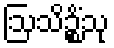
ဩသိဉ္စိံသု